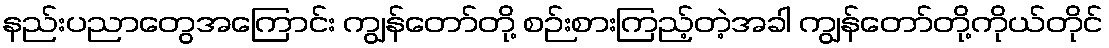
နည်းပညာတွေအကြောင်း ကျွန်တော်တို့ စဉ်းစားကြည့်တဲ့အခါ ကျွန်တော်တို့ကိုယ်တိုင်